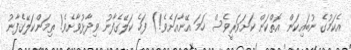
އެކަމުގެ ނުބައިކަން އޮތްކަން ކަށަވަރީވެސް ހަމަ އޭނާއަށެވެ!) ފަހެ ކަލޭގެފާނު ވިދާޅުވާށެވެ! ތިމަންކަލޭގެފާނު